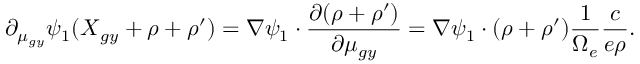
\partial _ { \mu _ { g y } } \psi _ { 1 } ( \boldsymbol { X } _ { g y } + \boldsymbol { \rho } + \boldsymbol { \rho } ^ { \prime } ) = \nabla \psi _ { 1 } \boldsymbol { \cdot } \frac { \partial ( \boldsymbol { \rho } + \boldsymbol { \rho } ^ { \prime } ) } { \partial \mu _ { g y } } = \nabla \psi _ { 1 } \boldsymbol { \cdot } ( \boldsymbol { \rho } + \boldsymbol { \rho } ^ { \prime } ) \frac { 1 } { \Omega _ { e } } \frac { c } { e \rho } .